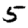
Digit: 5